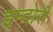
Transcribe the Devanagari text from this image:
इन्दोरी